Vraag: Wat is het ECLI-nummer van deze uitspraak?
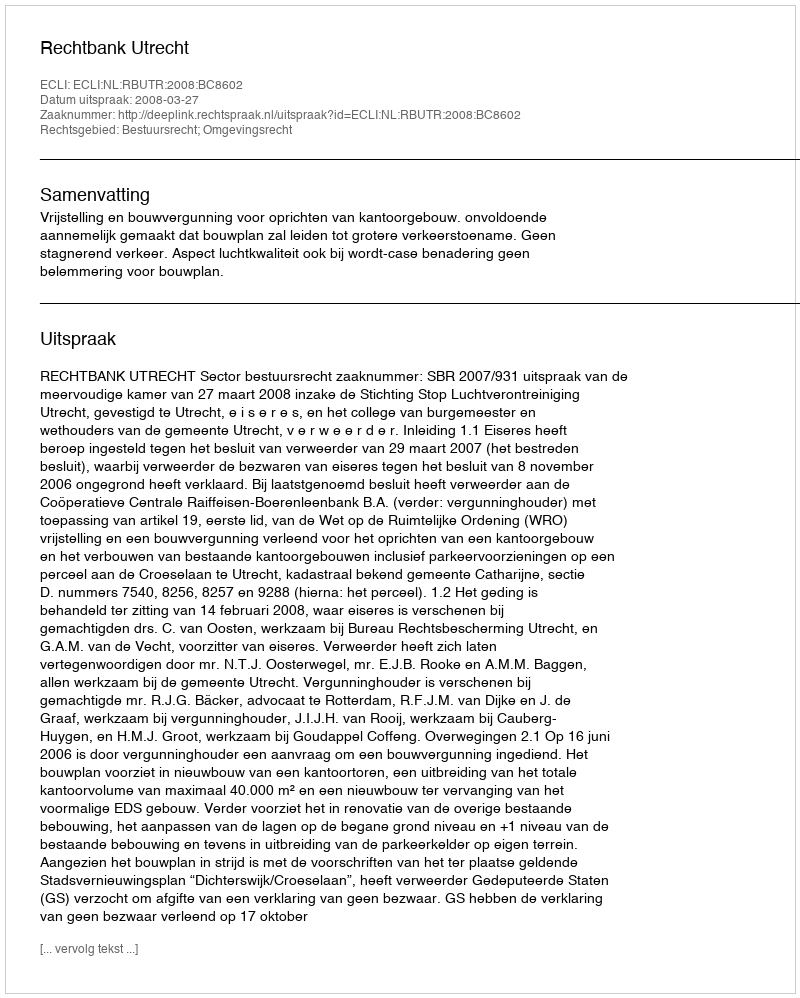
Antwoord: ECLI:NL:RBUTR:2008:BC8602